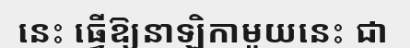
នេះ ធ្វើឱ្យនាឡិកាមួយនេះ ជា